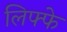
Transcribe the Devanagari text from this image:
लिफ्फे